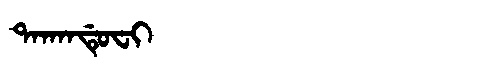
Manchu: ᡨᠠᡴᠠᠨᡩᡠᠸᡳ
Romanization: TAKANDUFI